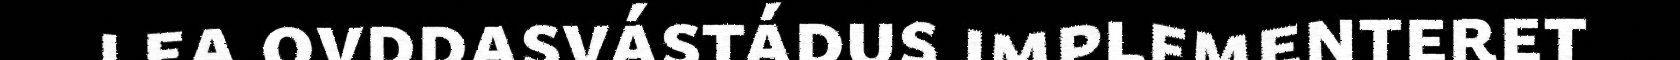
lea ovddasvástádus implementeret